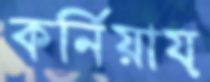
কর্নিয়ায়